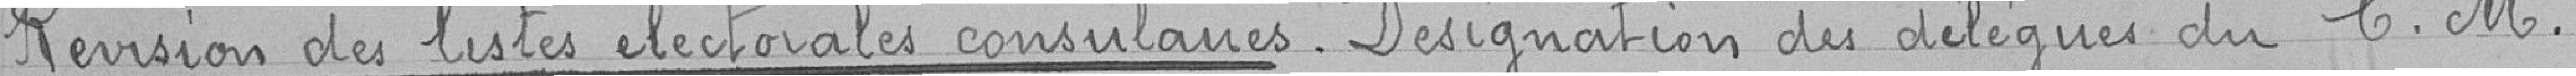
Révision des listes électorales consulaires. Désignation des délégués du C. M.